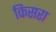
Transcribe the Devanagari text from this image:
किसरा